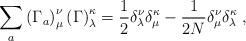
LaTeX: \begin{align*}\sum_{a}\left(\Gamma_{a}\right)^{\nu}_{\mu}\left(\Gamma\right)^{\kappa}_{\lambda}=\frac{1}{2}\delta^{\nu}_{\lambda}\delta^{\kappa}_{\mu}-\frac{1}{2N}\delta^{\nu}_{\mu}\delta^{\kappa}_{\lambda}\;,\end{align*}